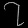
Digit: ၇